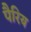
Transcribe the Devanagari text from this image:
पैरिय